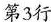
第3行